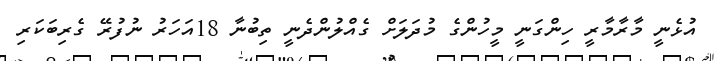
އުޅެނީ މާރާމާރީ ހިންގަނީ މީހުންގެ މުދަލަށް ގެއްލުންދެނީ ތިބުނާ 18އަހަރު ނުފުރޭ ގެރިބަކަރި